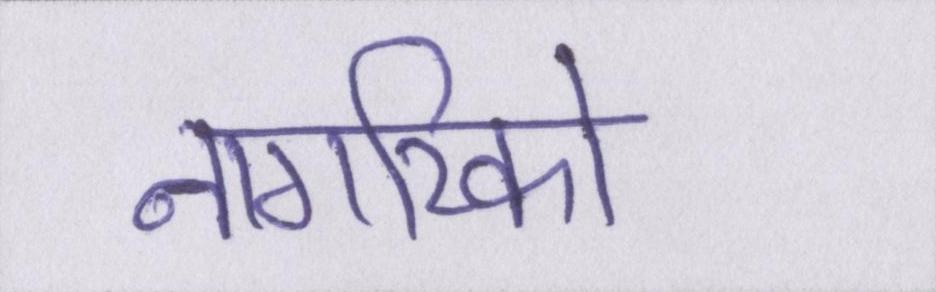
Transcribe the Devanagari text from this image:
नागरिको